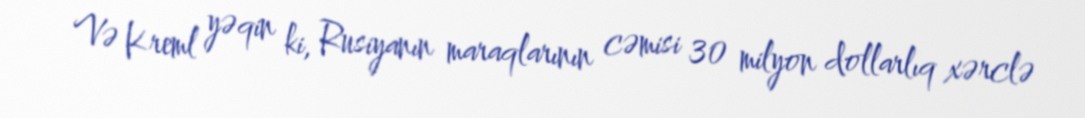
Və Kreml yəqin ki, Rusiyanın maraqlarının cəmisi 30 milyon dollarlıq xərclə